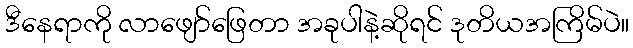
ဒီနေရာကို လာဖျော်ဖြေတာ အခုပါနဲ့ဆိုရင် ဒုတိယအကြိမ်ပဲ။